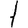
Digit: 1